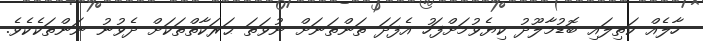
ހާލެއް ކަތިލައި ބޮޑުމާލޫދު ކިޔެވުމަށްފަހު އެފަދަ ތަންތަނަށް ނުވަތަ ޙަރަކާތްތަކަށް ދެވުނު ނަންތަކެކެވެ.